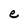
Character: e